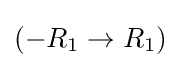
(-R_{1}\to R_{1})